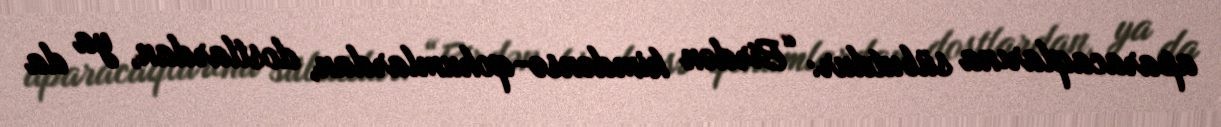
aparacaqlarına sübutdur: “Birdən kimdənsə-qohumlardan, dostlardan, ya da